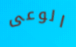
الوعى